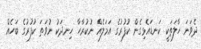
ދެވަނަ ހާލަތަކީ ކަނޑައެޅިގެން ކުފުރުގެ އަމަލެއް ނުކުރާހާ ހިނދަކު ނުވަތަ ކުފުރުގެ ބަހެއް